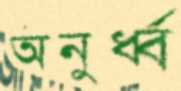
অনুর্ধ্ব